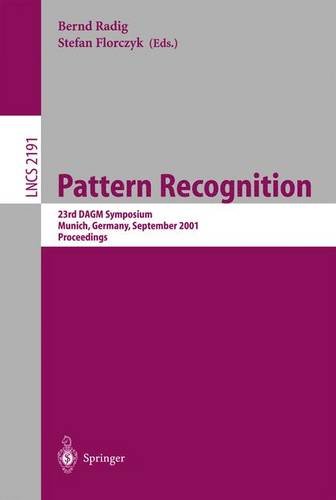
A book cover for Pattern Recognition: 23rd DAGM Symposium, Munich, Germany, September 12-14, 2001. Proceedings (Lecture Notes in Computer Science); Computers & Technology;